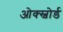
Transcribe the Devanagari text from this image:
ओक्स्वोर्ड